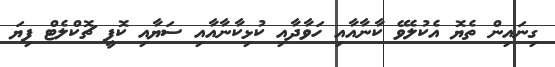
ގިނައިން ތެޔޮ އެކުލެވޭ ކާނާއާއި ހަވާދާއި ކުޅިކާނާއާއި ސަޔާއި ކޮފީ ޗޮކްލެޓް ފިޔަ